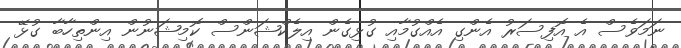
ނަމަވެސް އެ އޮފިސަރު އެންގި އެއްގުމާއި ގުޅިގެން އިލެކްޝަންސް ކޮމިޝަނުން އިންތިހާބާ ގުޅޭ